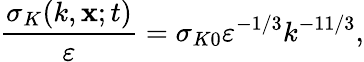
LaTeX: \frac{\sigma_{K}(k,{\mathbf{x};t})}{\varepsilon}=\sigma_{K0}\varepsilon^{-1/3}k^{-11/3},